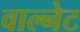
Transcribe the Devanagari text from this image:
वाल्नेट